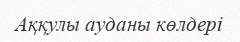
Аққулы ауданы көлдері